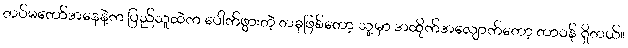
တပ်မတော်အနေနဲ့က ပြည်သူထဲက ပေါက်ဖွားတဲ့ တခုဖြစ်တော့ သူ့မှာ အထိုက်အလျောက်တော့ တာဝန် ရှိတယ်။